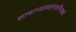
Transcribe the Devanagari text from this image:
सामान्यलक्षणसन्निकर्ष